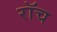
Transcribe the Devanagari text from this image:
रॉच